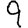
Digit: 9